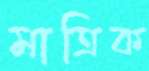
মাত্রিক